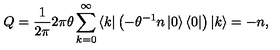
Q = \frac { 1 } { 2 \pi } 2 \pi \theta \sum _ { k = 0 } ^ { \infty } \left\langle k \right| \left( - \theta ^ { - 1 } n \left| 0 \right\rangle \left\langle 0 \right| \right) \left| k \right\rangle = - n ,